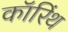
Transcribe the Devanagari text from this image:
कॉरिंथ